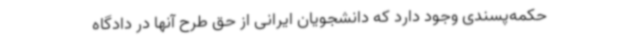
حکمه‌پسندی وجود دارد که دانشجویان ایرانی از حق طرح آنها در دادگاه